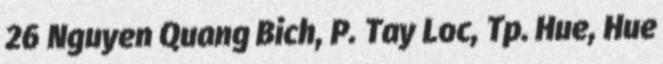
26 Nguyen Quang Bich, P. Tay Loc, Tp. Hue, Hue